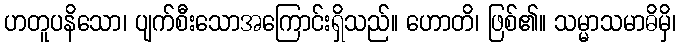
ဟတူပနိသော၊ ပျက်စီးသောအကြောင်းရှိသည်။ ဟောတိ၊ ဖြစ်၏။ သမ္မာသမာဓိမှိ၊